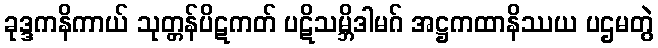
ခုဒ္ဒကနိကာယ် သုတ္တန်ပိဋကတ် ပဋိသမ္ဘိဒါမဂ် အဋ္ဌကထာနိဿယ ပဌမတွဲ